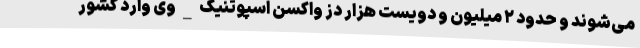
می‌شوند و حدود ۲ میلیون و دویست هزار دُز واکسن اسپوتنیک_وی وارد کشور